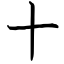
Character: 十